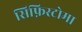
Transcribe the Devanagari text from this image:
सिफ़िस्टोमा